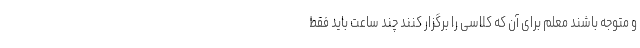
و متوجه باشند معلم برای آن که کلاسی را برگزار کنند چند ساعت باید فقط